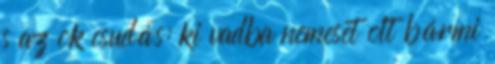
s az ok csudás: ki vadba nemeset olt bármi